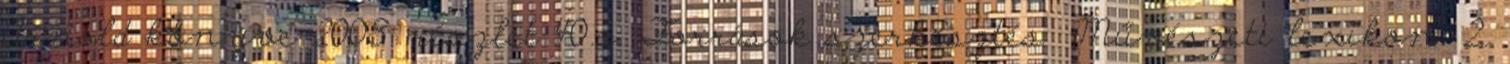
Arnold könyve 2008. részlet 40.o. Források szerkesztés Művészeti lexikon. 2.